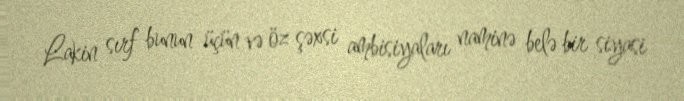
Lakin sırf bunun üçün və öz şəxsi ambisiyaları naminə belə bir siyasi